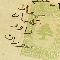
سَمعان سَليمان داود صورات